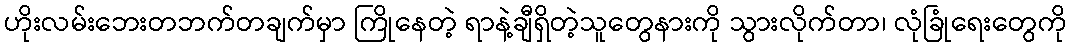
ဟိုးလမ်းဘေးတဘက်တချက်မှာ ကြိုနေတဲ့ ရာနဲ့ချီရှိတဲ့သူတွေနားကို သွားလိုက်တာ၊ လုံခြုံရေးတွေကို